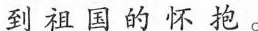
到祖国的怀抱。